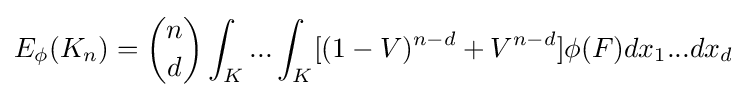
E_{\phi }(K_{n})={{n} \choose {d}}\int _{K}...\int _{K}[(1-V)^{n-d}+V^{n-d}]\phi (F)dx_{1}...dx_{d}